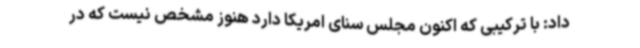
داد: با ترکیبی که اکنون مجلس سنای امریکا دارد هنوز مشخص نیست که در